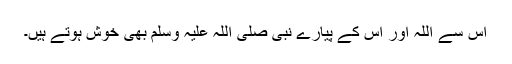
اس سے اللہ اور اس کے پیارے نبی صلی اللہ علیہ وسلم بھی خوش ہوتے ہیں۔